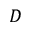
D